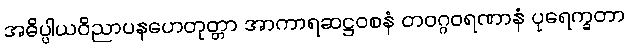
အဓိပ္ပါယဝိညာပနဟေတုတ္တာ အာကာရဆဋ္ဌဝစနံ တဝဂ္ဂဝရဏာနံ ပုရေက္ခတာ